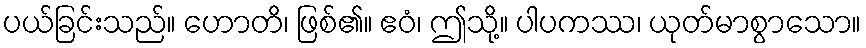
ပယ်ခြင်းသည်။ ဟောတိ၊ ဖြစ်၏။ ဧဝံ၊ ဤသို့။ ပါပကဿ၊ ယုတ်မာစွာသော။